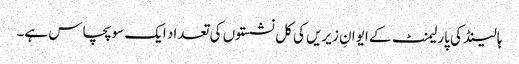
ہالینڈ کی پارلیمنٹ کے ایوانِ زیریں کی کل نشستوں کی تعداد ایک سو پچاس ہے۔